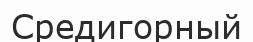
Средигорный